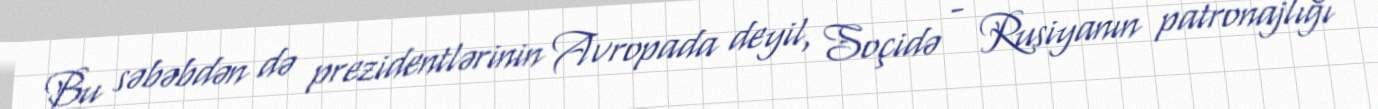
Bu səbəbdən də prezidentlərinin Avropada deyil, Soçidə - Rusiyanın patronajlığı